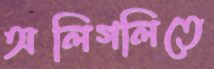
অলিগলিতে